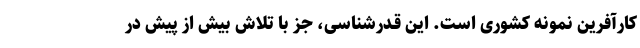
کارآفرین نمونه کشوری است. این قـدرشناسی، جز با تلاش بیش از پیش در